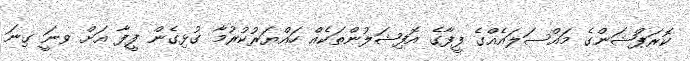
ކޮރަޕްޝަންގެ މައްސަލައެއްގެ ފީފާގެ އޮފިޝަލުންތަކެއް ހައްޔަރުކުރުމާ ގުޅިގެން ފީފާ އަށް ވނަީ ގިނަ